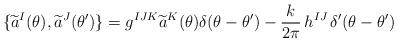
LaTeX: \begin{align*}\{\widetilde{a}^I(\theta),\widetilde{a}^J(\theta')\}=g^{IJK}\widetilde{a}^K(\theta)\delta(\theta-\theta')-\frac{k}{2\pi}\,h^{IJ}\, \delta'(\theta-\theta')\end{align*}